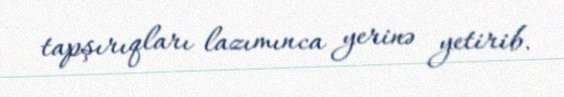
tapşırıqları lazımınca yerinə yetirib.